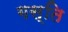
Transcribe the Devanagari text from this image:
गस्ति